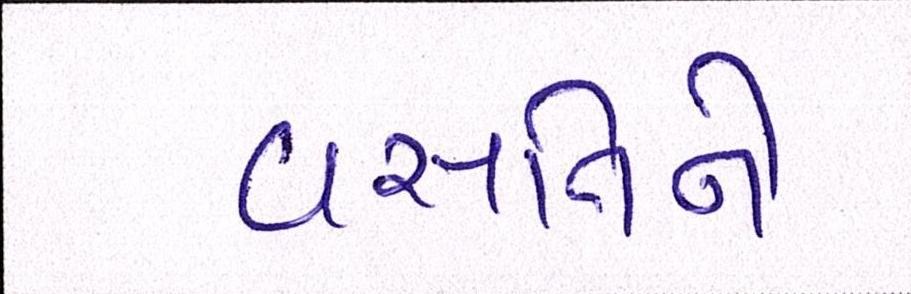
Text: વસતિને